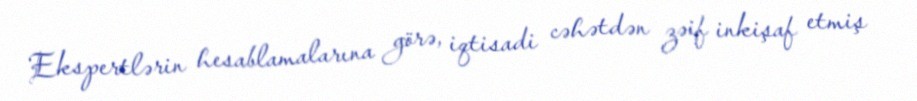
Ekspertlərin hesablamalarına görə, iqtisadi cəhətdən zəif inkişaf etmiş